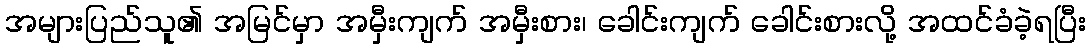
အများပြည်သူ၏ အမြင်မှာ အမှီးကျက် အမှီးစား၊ ခေါင်းကျက် ခေါင်းစားလို့ အထင်ခံခဲ့ရပြီး